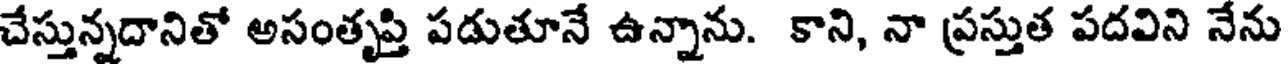
చేస్తున్నదానితో అసంతృప్తి పడుతూనే ఉన్నాను. కాని, నా ప్రస్తుత పదవిని నేను